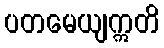
ပတမေယျဣတိ